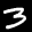
Label: 3